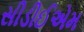
સીડીઈએમ